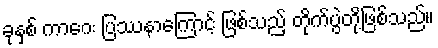
ခုနှစ် ကာဂေး ပြဿနာကြောင့် ဖြစ်သည့် တိုက်ပွဲတို့ဖြစ်သည်။